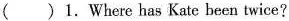
( )1.Where has Kate been twice?